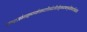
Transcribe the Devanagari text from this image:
तत्राश्वलायनेनचकृष्णपक्षेएकादशीत्रयोदशीदर्शेषुअषाढाफल्गुनीप्रोष्ठपदाभिन्नर्क्षेउक्तं